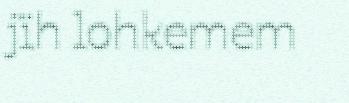
jïh lohkemem